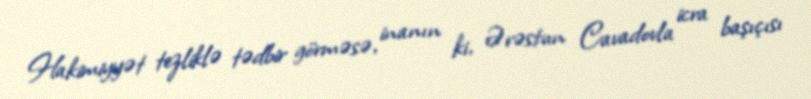
Hakimiyyət tezliklə tədbir görməsə, inanın ki, Ərəstun Cavadovla icra başıçısı